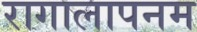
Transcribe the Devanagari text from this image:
रागालापनम